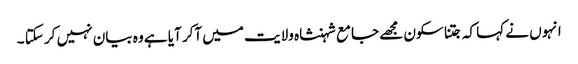
انہوں نے کہا کہ جتنا سکون مجھے جامع شہنشاہ ولایت میں آکر آیا ہے وہ بیان نہیں کر سکتا ۔